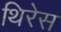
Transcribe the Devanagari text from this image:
थिरेस